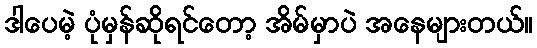
ဒါပေမဲ့ ပုံမှန်ဆိုရင်တော့ အိမ်မှာပဲ အနေများတယ်။